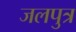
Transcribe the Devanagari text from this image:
जलपुत्र